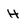
Character: H